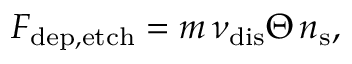
F _ { \mathrm { d e p , e t c h } } = m \, \nu _ { \mathrm { d i s } } \Theta \, n _ { \mathrm { s } } ,